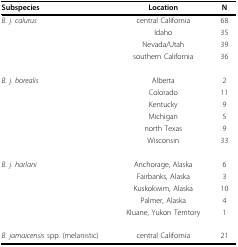
| Subspecies | Location | N |
 | --- | --- | --- |
 | B. j. calurus | central California | 68 |
 |  | Idaho | 35 |
 |  | Nevada/Utah | 39 |
 |  | southern California | 36 |
 | B. j. borealis | Alberta | 2 |
 |  | Colorado | 11 |
 |  | Kentucky | 9 |
 |  | Michigan | 5 |
 |  | north Texas | 9 |
 |  | Wisconsin | 33 |
 | B. j. harlani | Anchorage, Alaska | 6 |
 |  | Fairbanks, Alaska | 3 |
 |  | Kuskokwim, Alaska | 10 |
 |  | Palmer, Alaska | 4 |
 |  | Kluane, Yukon Territory | 1 |
 | B. jamaicensis spp. (melanistic) | central California | 21 |